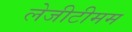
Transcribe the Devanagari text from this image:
लेजीटीमम